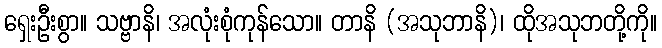
ရှေးဦးစွာ။ သဗ္ဗာနိ၊ အလုံးစုံကုန်သော။ တာနိ (အသုဘာနိ)၊ ထိုအသုဘတို့ကို။